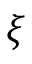
\xi